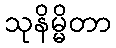
သုနိမ္မိတာ